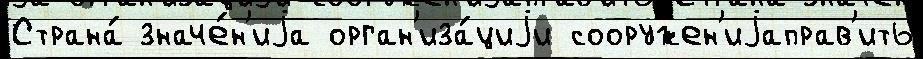
Страна́ значе́н'иjа орган'иза́циjи сооружен'иjаправ'ить